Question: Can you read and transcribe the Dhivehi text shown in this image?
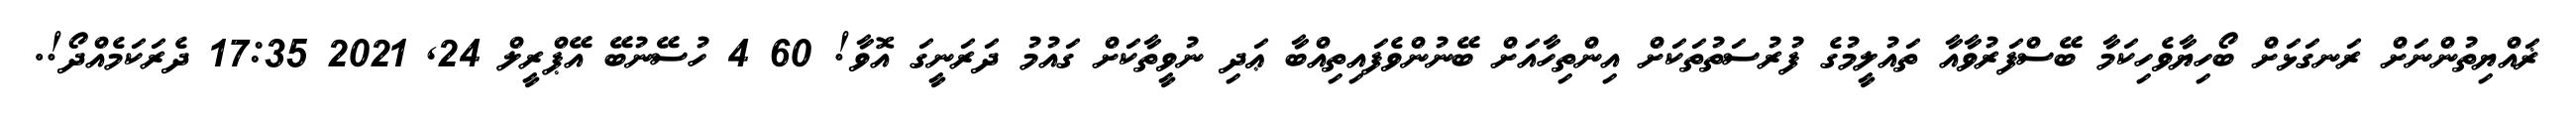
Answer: ޜައްޔިތުންނަށް ރަނގަޅަށް ބޯހިޔާވެހިކަމާ ބޭސްފަރުވާއާ ތައުލީމުގެ ފުރުސަތުތަކަށް އިންތިހާއަށް ބޭނުންވެފައިތިއްބާ ޢަދި ނުވީތާކަށް ގައުމު ދަރަނީގަ އޮވާ! 60 4 ހުސޭނުބޭ އޭޕްރީލް 24, 2021 17:35 ދެރަކަމެއްދޯ!.